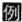
例